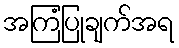
အကြံပြုချက်အရ